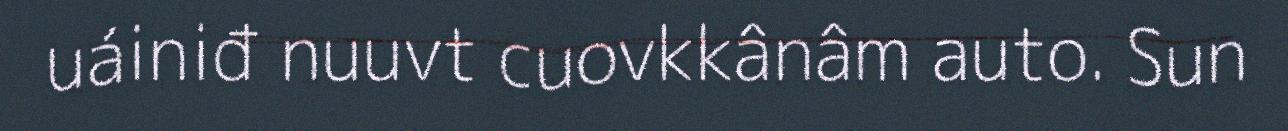
uáiniđ nuuvt cuovkkânâm auto. Sun